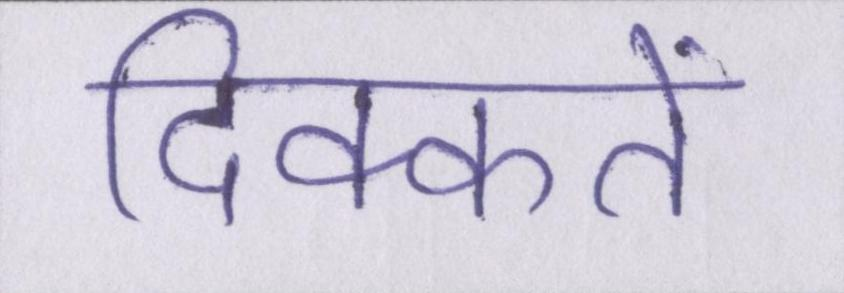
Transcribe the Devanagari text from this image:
दिक्कतें